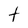
Character: t